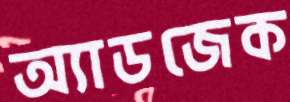
অ্যাডজেক